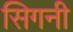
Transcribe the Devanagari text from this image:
सिगनी